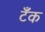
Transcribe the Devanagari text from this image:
टॅँक